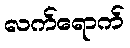
လက်ရောက်